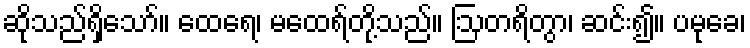
ဆိုသည်ရှိသော်။ ထေရေ၊ မထေရ်တို့သည်။ ဩတရိတွာ၊ ဆင်း၍။ ပမုခေ၊